Account of plague administration in the Bombay Presidency from September 1896 till May 1897
Year: 1896
Disease focus: Plague
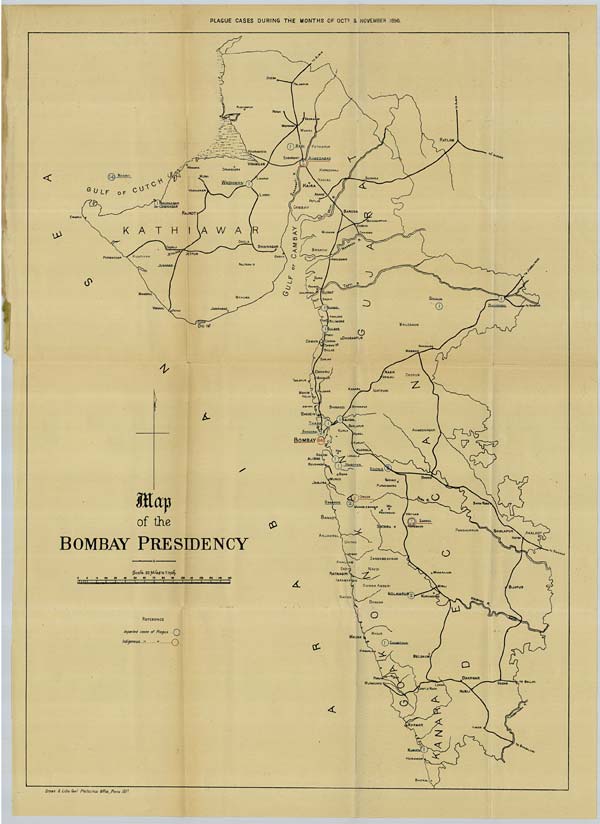
PLAGUE CASES DURING THE MONTHS OF OCTR. & NOVEMBER 1896.
Drawn & Litho: Govt. Photozinco: Office, Poona 1897.